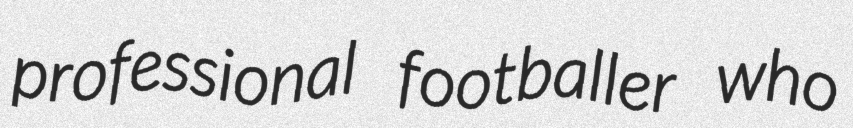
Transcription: professional footballer who